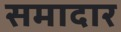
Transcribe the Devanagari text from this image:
समादार